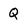
Character: Q